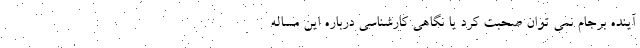
آینده برجام نمی توان صحبت کرد یا نگاهی کارشناسی درباره این مساله